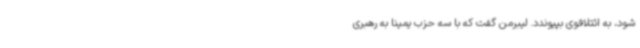
شود، به ائتلافوی بپیوندد. لیبرمن گفت که با سه حزب یمینا به رهبری